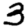
Digit: 3